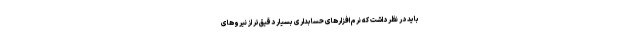
باید در نظر داشت که نرم افزارهای حسابداری بسیار دقیق‌تر از نیروهای